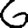
Digit: 6